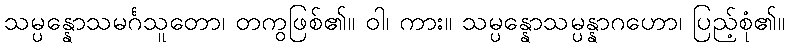
သမ္ပန္နောသမင်္ဂသူတော၊ တကွဖြစ်၏။ ဝါ၊ ကား။ သမ္ပန္နောသမ္ပန္နာဂဟော၊ ပြည့်စုံ၏။